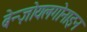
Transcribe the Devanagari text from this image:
बेन्ज़ोयलगोनाइन